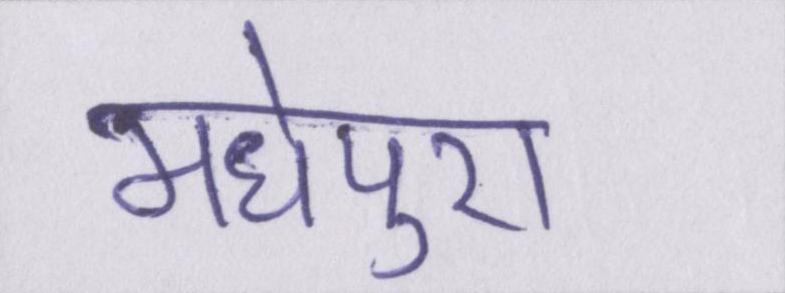
मधेपुरा